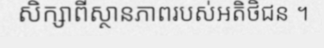
សិក្សាពីស្ថានភាពរបស់អតិថិជន ។